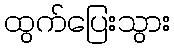
ထွက်ပြေးသွား